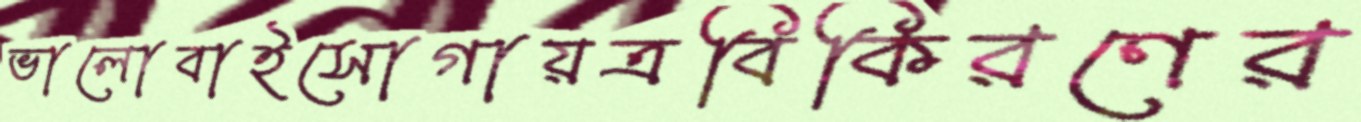
ভালোবাইসোগায়ত্রবিকিরণের